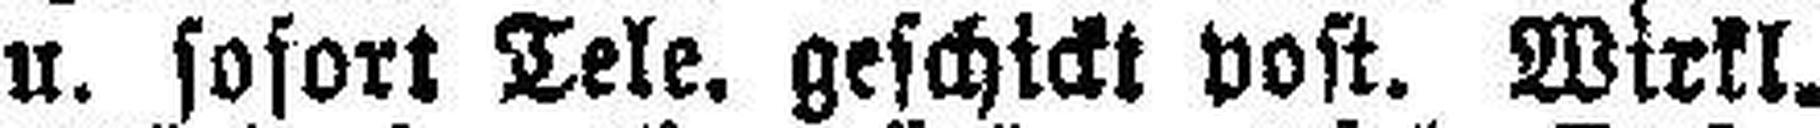
u. sofort Tele. geschickt post. Wirkl.